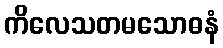
ကိလေသတမသောဓနံ